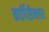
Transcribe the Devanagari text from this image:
कार्पिसैन्लार